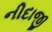
નીદાજી